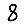
Digit: 8